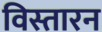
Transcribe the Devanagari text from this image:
विस्तारन